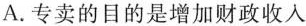
A.专卖的目的是增加财政收入